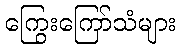
ကြွေးကြော်သံများ